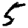
Digit: 5